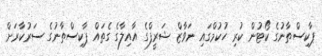
ޕާކިސްތާނުގެ ކޯޓުން ކުރި ހުކުމްގައި ނަވާޒް ޝަރީފްގެ އާއިލާގެ ގެތައް ޕާކިސްތާނުގެ ސަރުކާރަށް